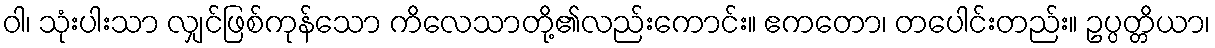
ဝါ၊ သုံးပါးသာ လျှင်ဖြစ်ကုန်သော ကိလေသာတို့၏လည်းကောင်း။ ဧကတော၊ တပေါင်းတည်း။ ဥပ္ပတ္တိယာ၊